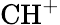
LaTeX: \mathrm{CH}^{+}